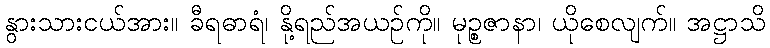
နွားသားငယ်အား။ ခီရဓာရံ၊ နို့ရည်အယဉ်ကို။ မုဉ္စဇာနာ၊ ယိုစေလျက်။ အဋ္ဌာသိ